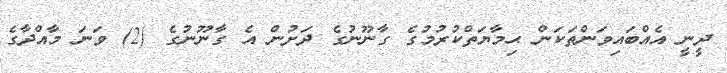
ދީނީ އެއްބައިވަންތަކަން ޙިމާޔަތްކުރުމުގެ ގާނޫނުގެ ދަށުން އެ ގާނޫނުގެ (2) ވަނަ މާއްދާގެ